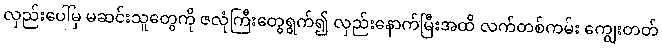
လှည်းပေါ်မှ မဆင်းသူတွေကို ဇလုံကြီးတွေရွက်၍ လှည်းနောက်မြီးအထိ လက်တစ်ကမ်း ကျွေးတတ်